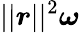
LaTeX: ||\boldsymbol{r}||^{2}\boldsymbol{\omega}